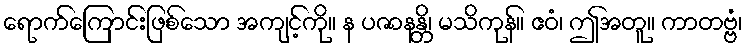
ရောက်ကြောင်းဖြစ်သော အကျင့်ကို။ န ပဇာနန္တိ၊ မသိကုန်။ ဧဝံ၊ ဤအတူ။ ကာတဗ္ဗံ၊